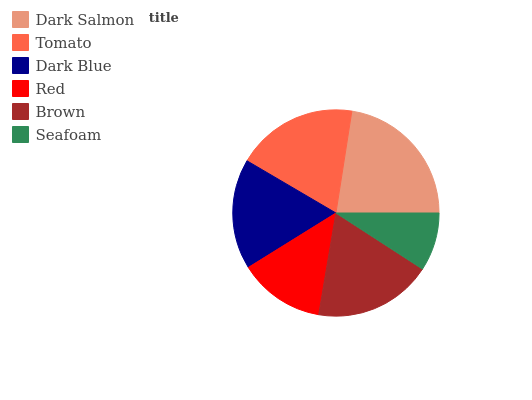
| Dark Salmon | Tomato | Dark Blue | Red | Brown | Seafoam |
 | --- | --- | --- | --- | --- | --- |
 | 22.6% | 19.1% | 17.3% | 13.5% | 18.4% | 9.14% |